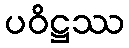
ပဝိဋ္ဌဿ